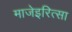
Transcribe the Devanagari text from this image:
माजेइरित्सा